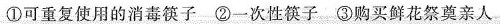
①可重复使用的消毒筷子②一次性筷子③购买鲜花祭奠亲人